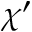
\chi ^ { \prime }